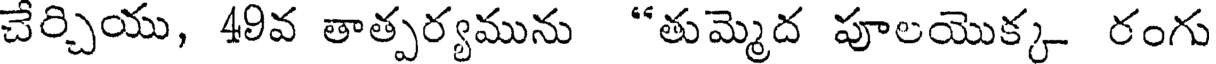
చేర్చియు, 49వ తాత్పర్యమును "తుమ్మెద పూలయొక్క రంగు